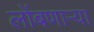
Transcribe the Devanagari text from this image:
लोंबणार्‍या